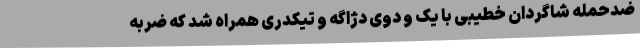
ضدحمله شاگردان خطیبی با یک و دوی دژاگه و تیکدری همراه شد که ضربه